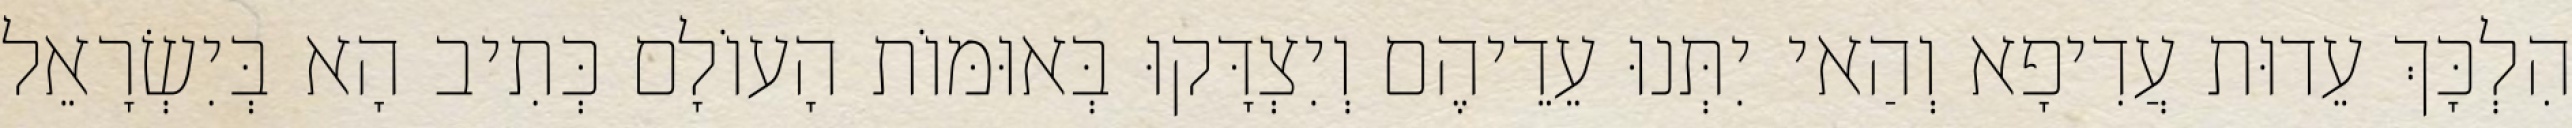
הִלְכָּךְ עֵדוּת עֲדִיפָא וְהַאי יִתְּנוּ עֵדֵיהֶם וְיִצְדָּקוּ בְּאוּמּוֹת הָעוֹלָם כְּתִיב הָא בְּיִשְׂרָאֵל